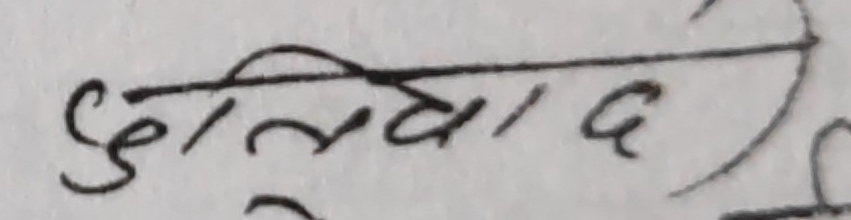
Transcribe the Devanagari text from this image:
हुलियाद